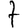
Digit: 7